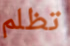
تظلم